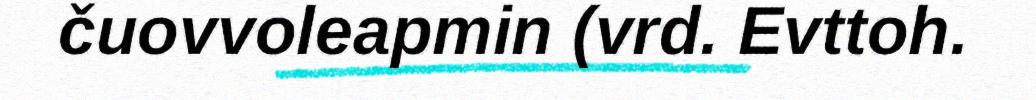
čuovvoleapmin (vrd. Evttoh.